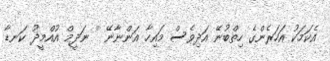
އެކަމަކު އަހަރެންގެ ހިތްބުނޭ އަދިވެސް މައިހާ އަންނާނޭ '' ނަދީމް އުއްމީދު ކަނޑާ